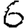
Digit: 6